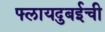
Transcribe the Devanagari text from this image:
फ्लायदुबईची